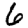
Digit: 6